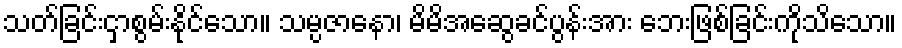
သတ်ခြင်းငှာစွမ်းနိုင်သော။ သမ္ပဇာနော၊ မိမိအဆွေခင်ပွန်းအား ဘေးဖြစ်ခြင်းကိုသိသော။